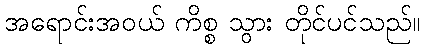
အရောင်းအဝယ် ကိစ္စ သွား တိုင်ပင်သည်။